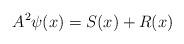
LaTeX: \begin{align*} A^{2}\psi(x)=S(x)+R(x)\end{align*}